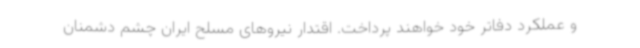
و عملکرد دفاتر خود خواهند پرداخت. اقتدار نیروهای مسلح ایران چشم دشمنان